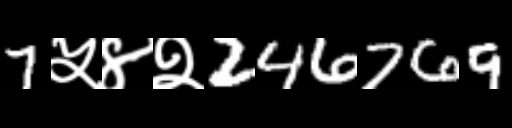
Text: 7५४२246769